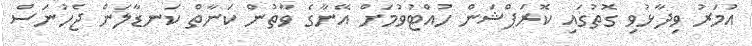
އުމަރު ވިދާޅުވި ގޮތުގައި ކޮރަޕްޝަން ހުއްޓުވުމަށް އޭނާގެ ވާތުން ކަނާތް ކަނޑާލަން ޖެހުނަސް